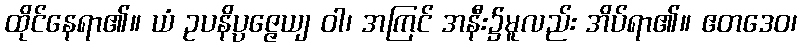
ထိုင်နေရာ၏။ ယံ ဥပနိပ္ပဇ္ဇေယျ ဝါ၊ အကြင် အနီး၌မူလည်း အိပ်ရာ၏။ ဧတဒေဝ၊